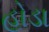
હોડા